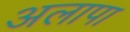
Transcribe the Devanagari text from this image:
अलापा